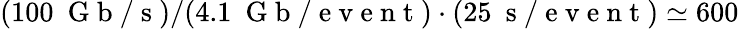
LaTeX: (100~\mathrm{~G~b~/~s~})/(4.1~\mathrm{~G~b~/~e~v~e~n~t~})\cdot(25~\mathrm{~s~/~e~v~e~n~t~})\simeq 600